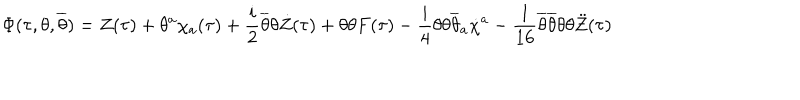
\Phi ( \tau , \theta , \overline { { { \theta } } } ) = Z ( \tau ) + \theta ^ { a } \chi _ { a } ( \tau ) + \frac { i } { 2 } \overline { { { \theta } } } \theta \dot { Z } ( \tau ) + \theta \theta F ( \tau ) - \frac { i } { 4 } \theta \theta \overline { { { \theta } } } _ { a } \dot { \chi } ^ { a } - \frac { 1 } { 1 6 } \overline { { { \theta } } } \overline { { { \theta } } } \theta \theta \ddot { Z } ( \tau )